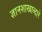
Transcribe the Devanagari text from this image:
ज्ञानशाखाव्दारे